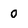
Character: 0